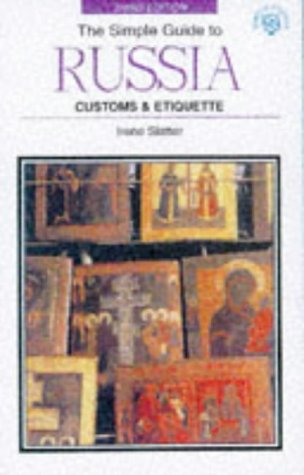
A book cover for SIMPLE GT RUSSIA 3RD ED.-PB-OP (Simple Guides Customs and Etiquette); Irene Slatter; Travel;